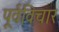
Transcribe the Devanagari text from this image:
पूर्वविचार